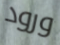
ورود